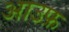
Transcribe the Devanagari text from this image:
आउफ़